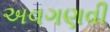
અવગણવી